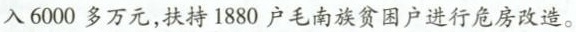
入6000多万元，扶持1880户毛南族贫困户进行危房改造。